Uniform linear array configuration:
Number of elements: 16
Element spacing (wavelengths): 0.25
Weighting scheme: blackman
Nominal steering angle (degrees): -60
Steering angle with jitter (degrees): -59.608
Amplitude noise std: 0.05
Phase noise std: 0.05

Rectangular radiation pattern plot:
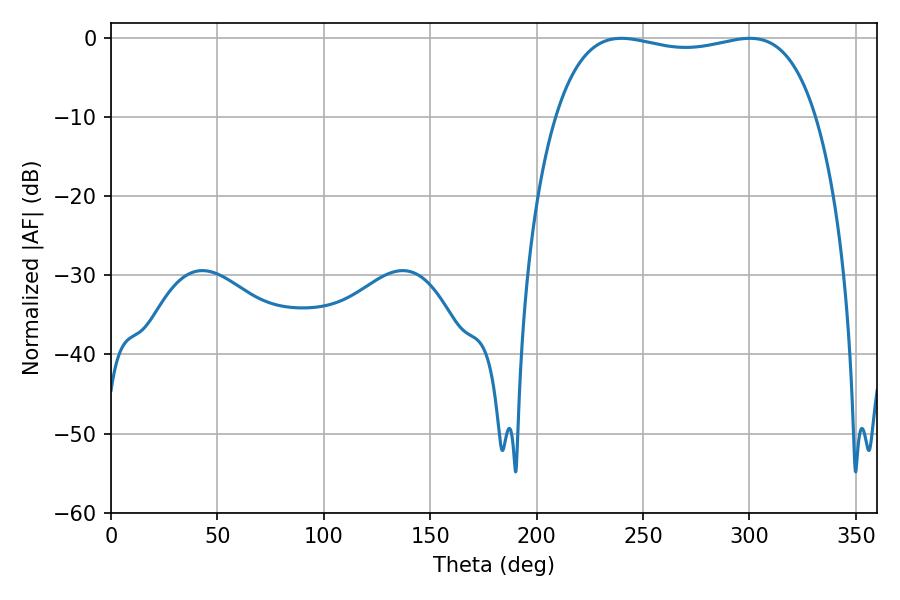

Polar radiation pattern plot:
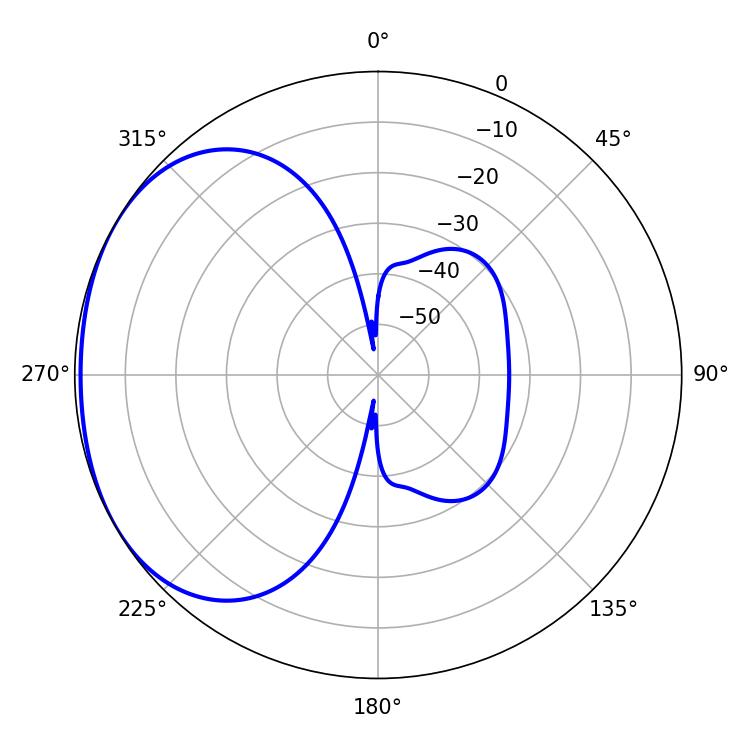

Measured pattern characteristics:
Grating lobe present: FALSE
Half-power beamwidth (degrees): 99
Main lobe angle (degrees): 239.76